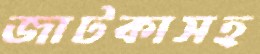
জাটকাসহ